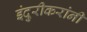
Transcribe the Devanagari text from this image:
इंदुरीकरांनी